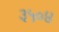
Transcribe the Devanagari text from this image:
३५०४